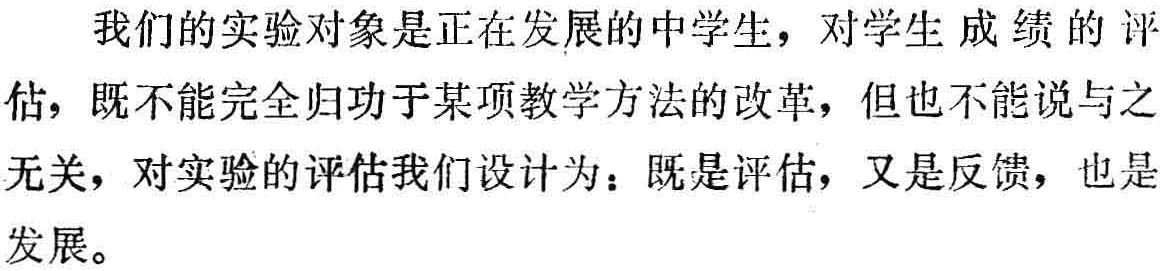
我们的实验对象是正在发展的中学生，对学生成绩的评估，既不能完全归功于某项教学方法的改革，但也不能说与之无关，对实验的评估我们设计为：既是评估，又是反馈，也是发展。